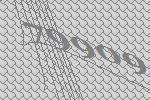
79909